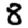
Digit: 8